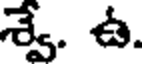
శ్వే. ఉ.